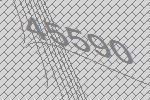
45590